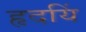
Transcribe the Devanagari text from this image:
हृदयिं